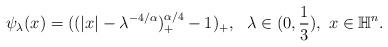
LaTeX: \begin{align*} \begin{aligned} \psi_{\lambda}(x)=((|x|-\lambda^{-4/\alpha})_+^{\alpha/4}-1)_+, ~~\lambda\in (0,\frac{1}{3}),~x\in \mathbb{H}^n. \end{aligned}\end{align*}